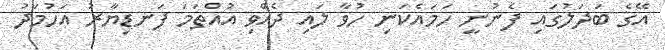
އޭގެ ބަދަލުގައި ފެނުނީ ހަމައެކަނި ހުވާ ލައި ދެއްވި އުއްތަމަ ފަނޑިޔާރު އަހުމަދު